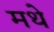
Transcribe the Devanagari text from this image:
मथे